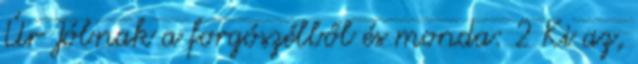
Úr Jóbnak a forgószélből és monda: 2 Ki az,